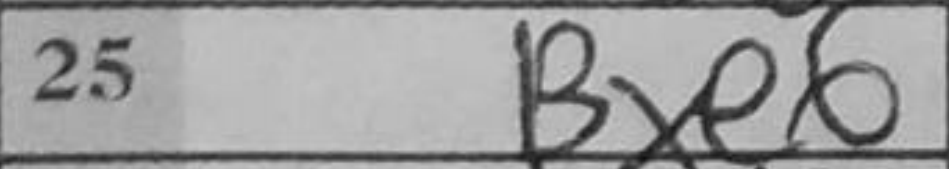
Transcription: Bxe6